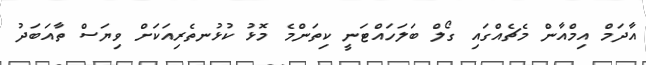
އާދަމް އިމްއާން މެޗެއްގައި ގޯލް ބަލަހައްޓަނީ ކިތަންމެ މޮޅު ކުޅުނތެރިއަކަށް ވިޔަސް ތާއަބަދު